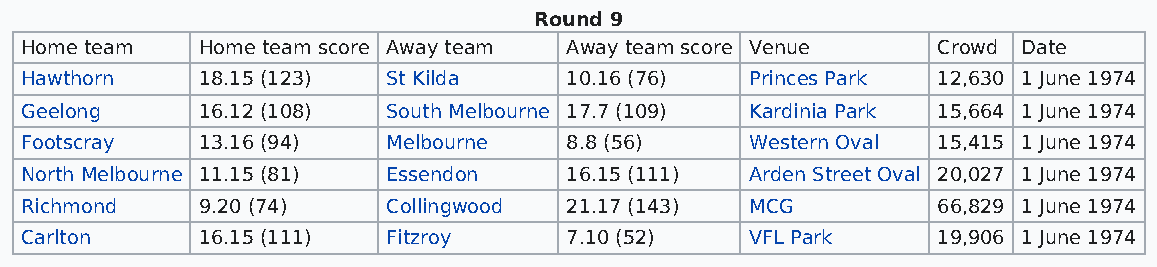
Round 9
 Home team   Home team score Away team Away team score Venue  Crowd Date
 Hawthorn    18.15 (123)  St Kilda   10.16 (76)   Princes Park 12,630 1 June 1974
 Geelong     16.12 (108)  South Melbourne 17.7 (109) Kardinia Park 15,664 1 June 1974
 Footscray   13.16 (94)   Melbourne  8.8 (56)     Western Oval 15,415 1 June 1974
 North Melbourne 11.15 (81) Essendon 16.15 (111)  Arden Street Oval 20,027 1 June 1974
 Richmond    9.20 (74)    Collingwood 21.17 (143) MCG         66,829 1 June 1974
 Carlton     16.15 (111)  Fitzroy    7.10 (52)    VFL Park    19,906 1 June 1974